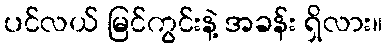
ပင်လယ် မြင်ကွင်းနဲ့ အခန်း ရှိလား။